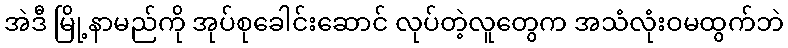
အဲဒီ မြို့နာမည်ကို အုပ်စုခေါင်းဆောင် လုပ်တဲ့လူတွေက အသံလုံးဝမထွက်ဘဲ